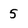
Character: 5